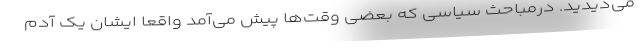
می‌دیدید. درمباحث سیاسی که بعضی وقت‌ها پیش می‌آمد واقعا ایشان یک آدم